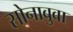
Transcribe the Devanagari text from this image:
सोनाबुवा